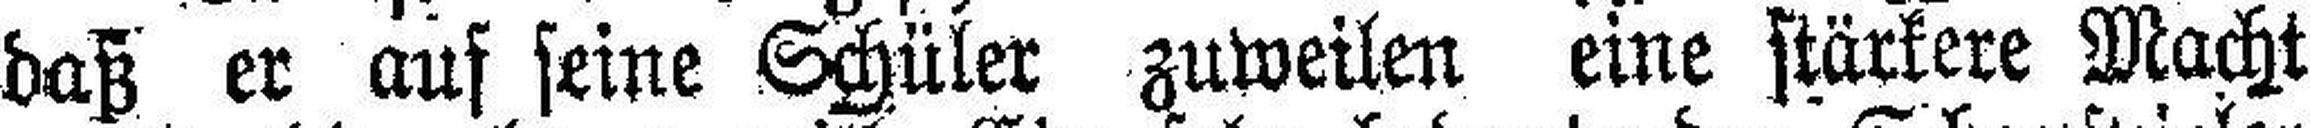
daß er auf seine Schüler zuweilen eine stärkere Macht